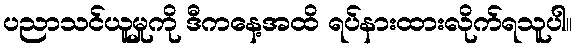
ပညာသင်ယူမှုကို ဒီကနေ့အထိ ရပ်နားထားလိုက်ရသူပါ။